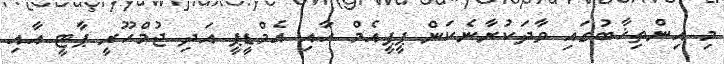
މި އިންތިޚާބުގައި ވާދަކުރާނެކަން ޕީޕީއެމް އާއި އެމްޑީޕީ އަދި ޖުމްހޫރީ ޕާޓީ އާއި